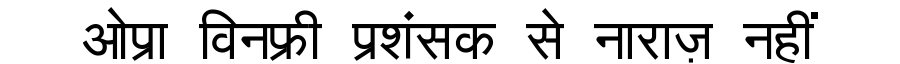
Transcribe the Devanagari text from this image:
ओप्रा विनफ्री प्रशंसक से नाराज़ नहीं